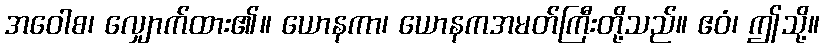
အဝေါစ၊ လျှောက်ထား၏။ ယောနကာ၊ ယောနကအမတ်ကြီးတို့သည်။ ဧဝံ၊ ဤသို့။